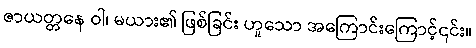
ဇာယတ္တနေ ဝါ၊ မယား၏ ဖြစ်ခြင်း ဟူသော အကြောင်းကြောင့်၎င်း။